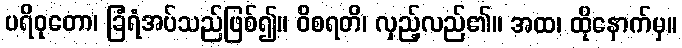
ပရိဝုတော၊ ခြံရံအပ်သည်ဖြစ်၍။ ဝိစရတိ၊ လှည့်လည်၏။ အထ၊ ထိုနောက်မှ။